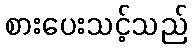
စားပေးသင့်သည်